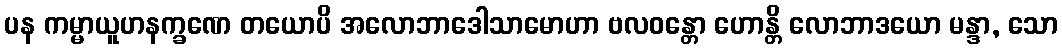
ပန ကမ္မာယူဟနက္ခဏေ တယောပိ အလောဘာဒေါသာမောဟာ ဗလဝန္တော ဟောန္တိ လောဘာဒယော မန္ဒာ, သော